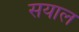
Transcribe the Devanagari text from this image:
सयाल